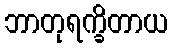
ဘာတုရက္ခိတာယ